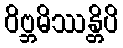
ဝိဗ္ဘမိဿန္တိပိ